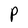
Character: P